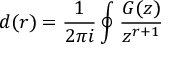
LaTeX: d ( r ) = \frac { 1 } { 2 \pi i } \oint \frac { G ( z ) } { z ^ { r + 1 } }